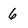
Character: 6